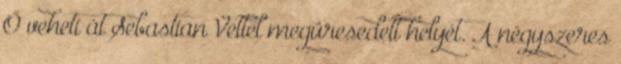
Ő veheti át Sebastian Vettel megüresedett helyét. A négyszeres